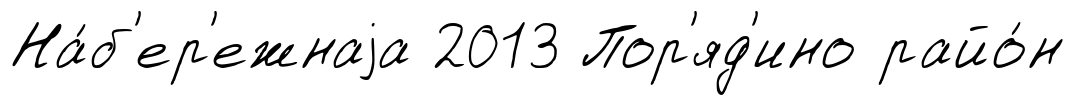
На́б'ер'ежнаjа 2013 Пор'яд'ино райо́н